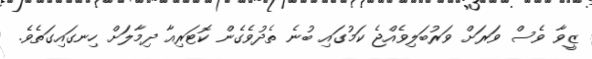
ޒީވާ ވެސް ވަރަށް ވަރުބަލިވެއްޖެ ކަމުގައި ބުނެ ތެދުވެގެން ކޮޓަރިއާ ދިމާލަށް ހިނގައިގަތެވެ.